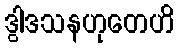
ဒွါဒသနဟုတေဟိ